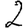
Digit: 2